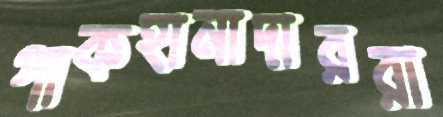
পাকহানাদাররা